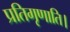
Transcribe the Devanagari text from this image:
प्रतिगृणाति।